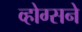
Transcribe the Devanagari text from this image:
व्होग्सने